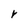
Character: r